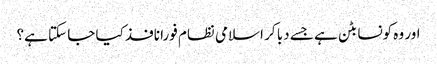
اور وہ کونسا بٹن ہے جسے دبا کر اسلامی نظام فورا نافذ کیا جا سکتا ہے؟